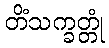
တိံသက္ခတ္တုံ